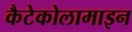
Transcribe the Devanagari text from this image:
कैटेकोलामाइन